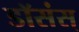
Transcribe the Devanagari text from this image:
डॉसंस्